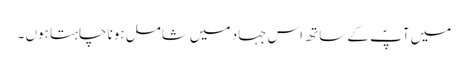
میں آپؐ کے ساتھ اس جہاد میں شامل ہونا چاہتا ہوں ۔